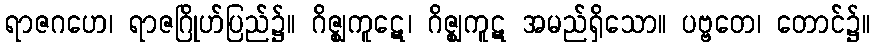
ရာဇဂဟေ၊ ရာဇဂြိုဟ်ပြည်၌။ ဂိဇ္ဈကူဋေ၊ ဂိဇ္ဈကူဋ အမည်ရှိသော။ ပဗ္ဗတေ၊ တောင်၌။